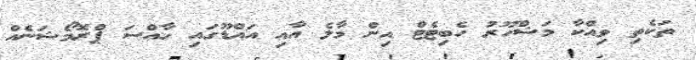
ތަކެތި ވިއްކާ މަޝްހޫރު ހެބިޓެޓް އިން މާލެ އާއި އައްޑޫގައި ހާއްސަ ޕްރޮމޯޝަނެއް